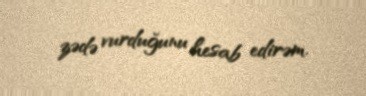
zədə vurduğunu hesab edirəm.